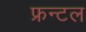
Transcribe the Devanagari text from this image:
फ्रन्‍टल